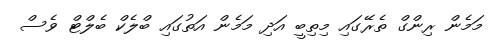
މަމެން ރިންގް ތެރޭގައި މިތިބީ އަދި މަމެން އަތުގައި ބްލެކް ބެލްޓް ވެސް